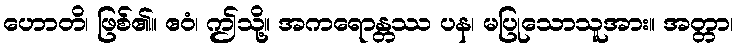
ဟောတိ၊ ဖြစ်၏။ ဧဝံ၊ ဤသို့။ အကရောန္တဿ ပန၊ မပြုသောသူအား။ အတ္တာ၊